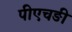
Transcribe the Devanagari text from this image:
पीएचङी